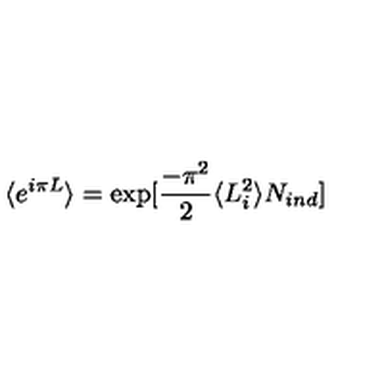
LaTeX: \langle e ^ { i \pi L } \rangle = \exp [ \frac { - \pi ^ { 2 } } { 2 } \langle L _ { i } ^ { 2 } \rangle N _ { i n d } ]